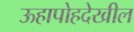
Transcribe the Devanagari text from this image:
ऊहापोहदेखील